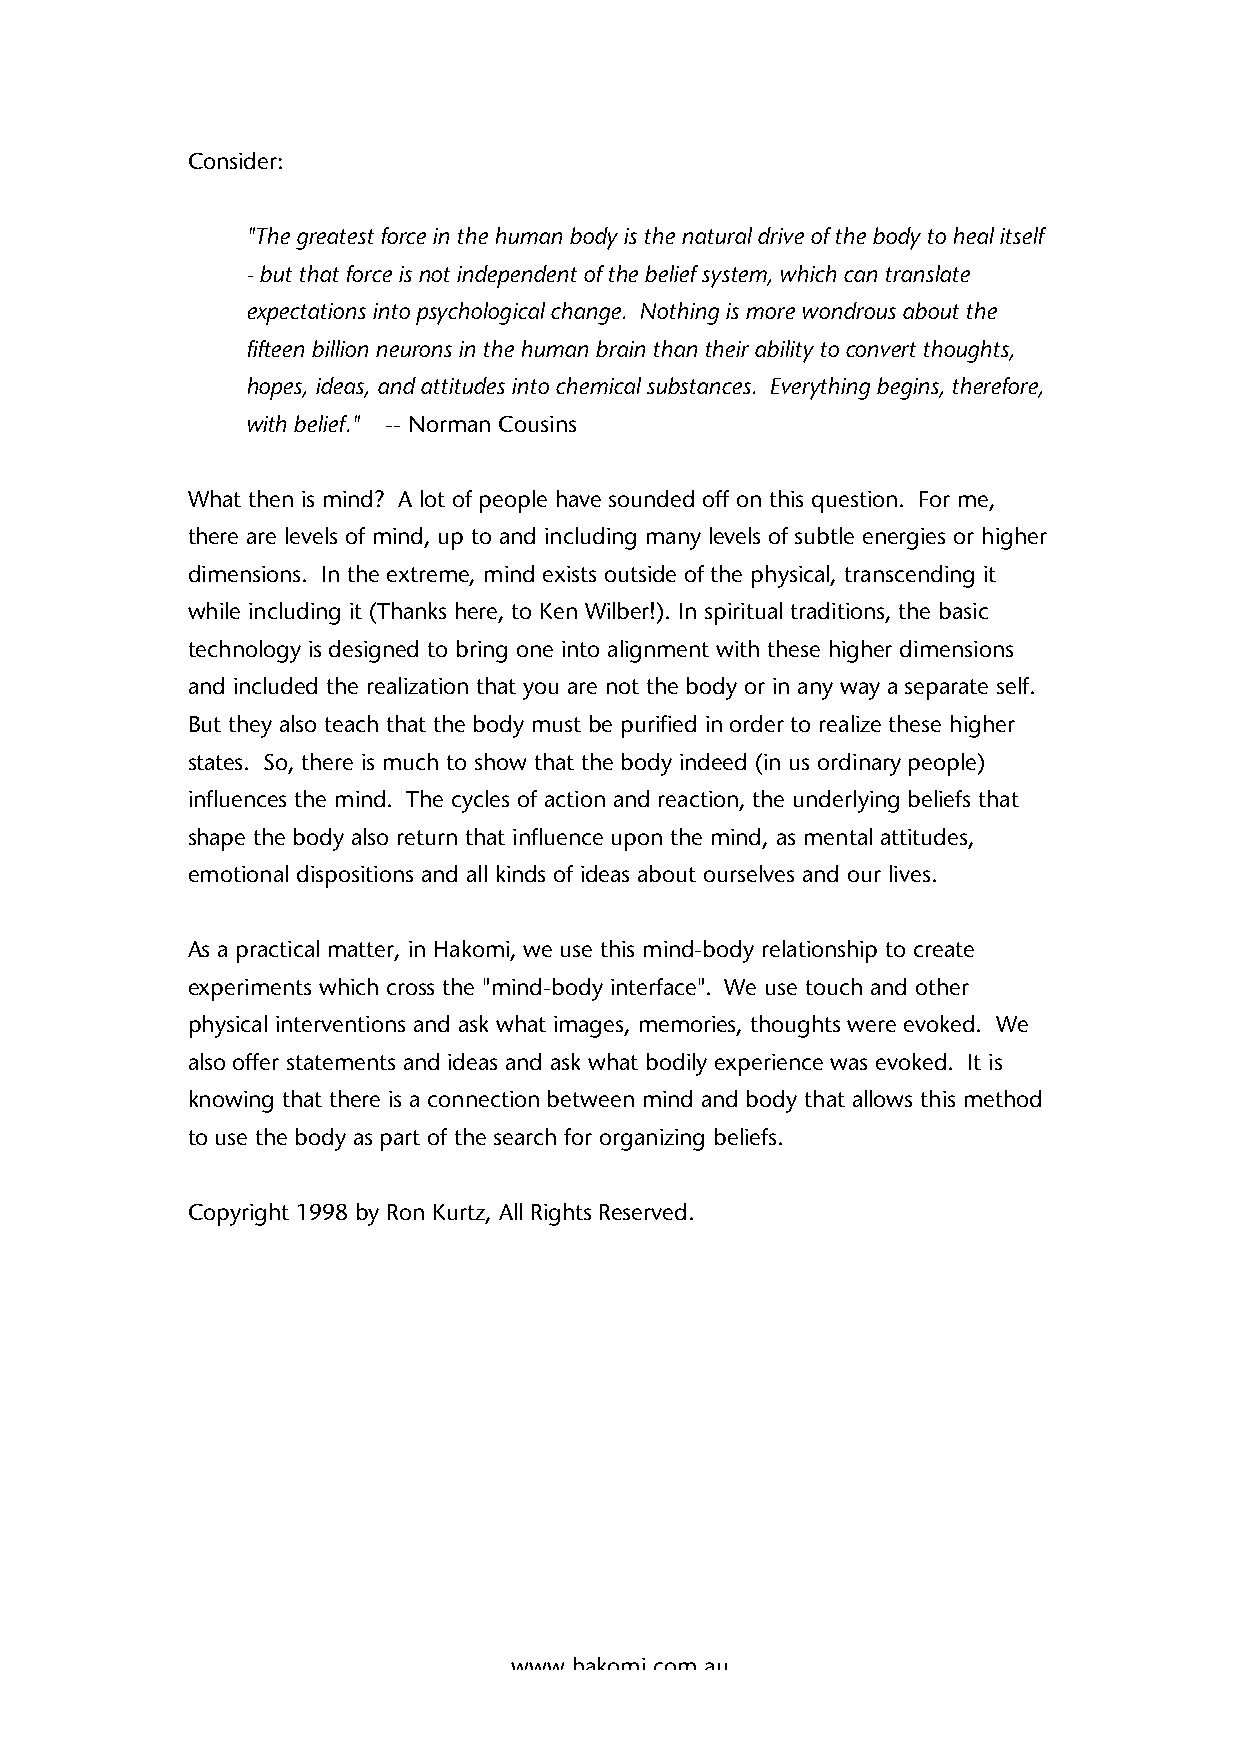
Consider:
 "The greatest force in the human body is the natural drive of the body to heal itself
 - but that force is not independent of the belief system, which can translate
 expectations into psychological change. Nothing is more wondrous about the
 fifteen billion neurons in the human brain than their ability to convert thoughts,
 hopes, ideas, and attitudes into chemical substances. Everything begins, therefore,
 with belief." -- Norman Cousins
 What then is mind? A lot of people have sounded off on this question. For me,
 there are levels of mind, up to and including many levels of subtle energies or higher
 dimensions. In the extreme, mind exists outside of the physical, transcending it
 while including it (Thanks here, to Ken Wilber!). In spiritual traditions, the basic
 technology is designed to bring one into alignment with these higher dimensions
 and included the realization that you are not the body or in any way a separate self.
 But they also teach that the body must be purified in order to realize these higher
 states. So, there is much to show that the body indeed (in us ordinary people)
 influences the mind. The cycles of action and reaction, the underlying beliefs that
 shape the body also return that influence upon the mind, as mental attitudes,
 emotional dispositions and all kinds of ideas about ourselves and our lives.
 As a practical matter, in Hakomi, we use this mind-body relationship to create
 experiments which cross the "mind-body interface". We use touch and other
 physical interventions and ask what images, memories, thoughts were evoked. We
 also offer statements and ideas and ask what bodily experience was evoked. It is
 knowing that there is a connection between mind and body that allows this method
 to use the body as part of the search for organizing beliefs.
 Copyright 1998 by Ron Kurtz, All Rights Reserved.
 www.hakomi.com.au